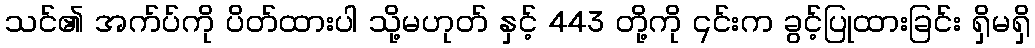
သင်၏ အက်ပ်ကို ပိတ်ထားပါ သို့မဟုတ် နှင့် 443 တို့ကို ၎င်းက ခွင့်ပြုထားခြင်း ရှိမရှိ